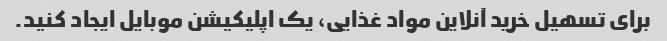
برای تسهیل خرید آنلاین مواد غذایی، یک اپلیکیشن موبایل ایجاد کنید.